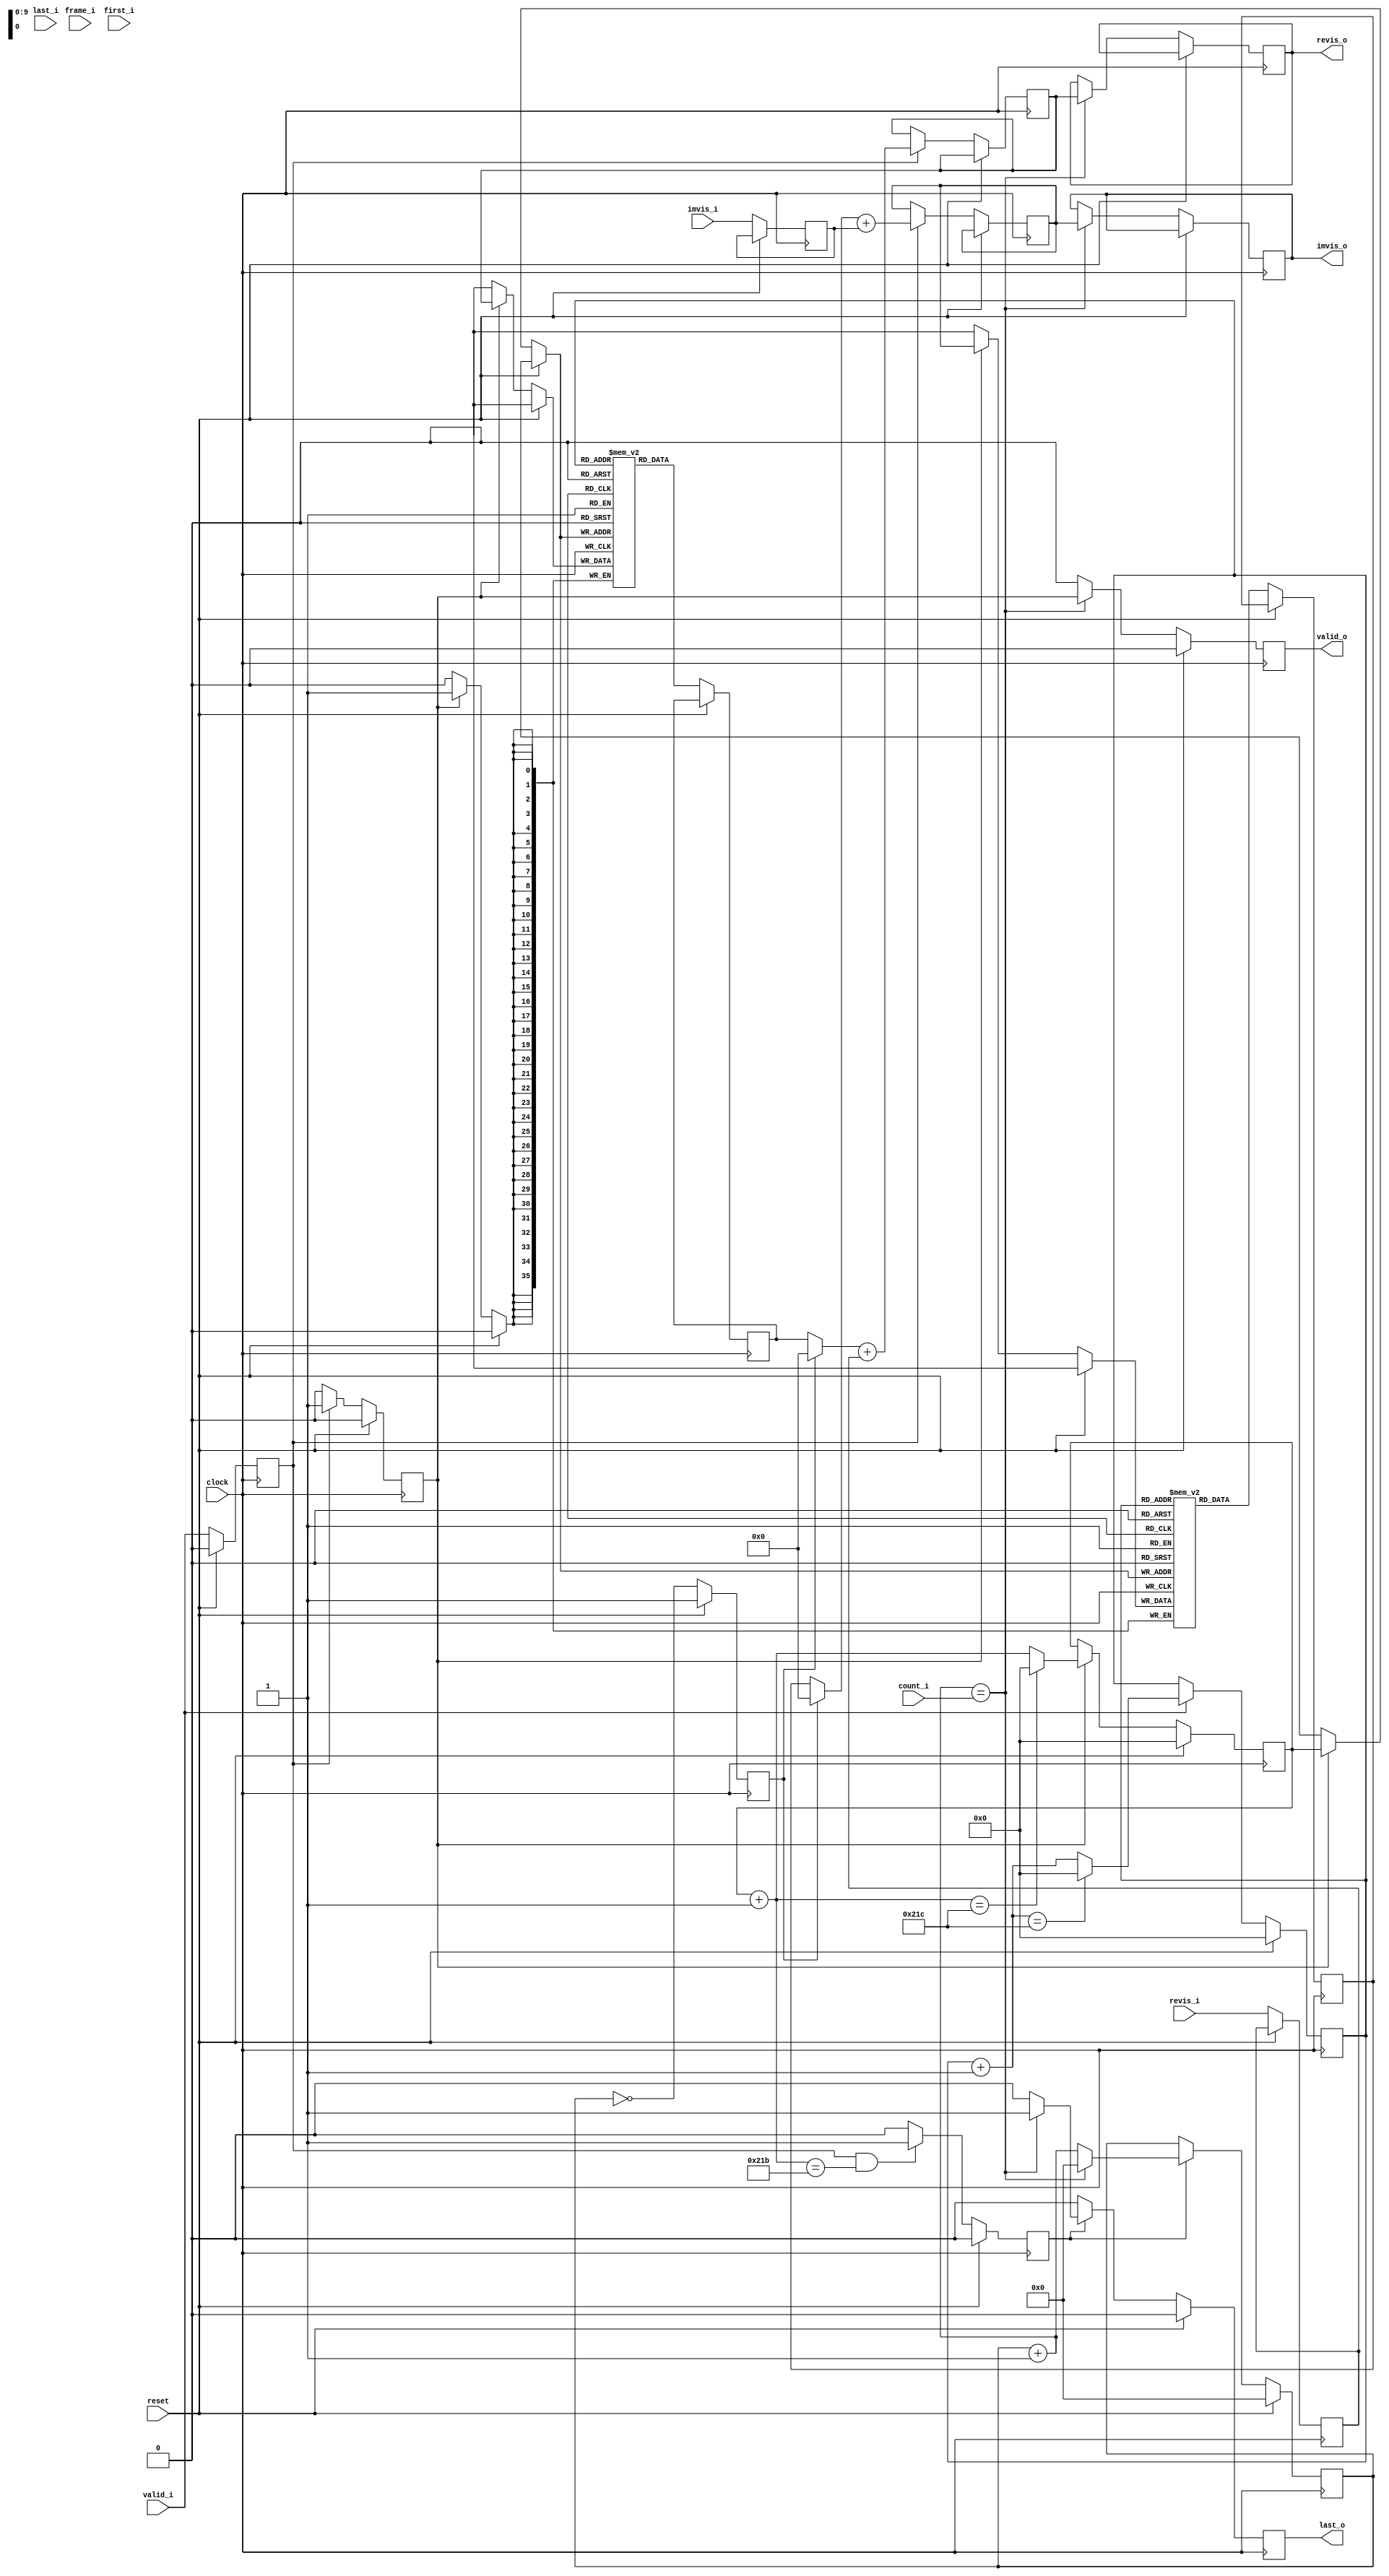
module accumulator #(
    parameter  integer CORES = 18,
    localparam integer NBITS = $clog2(CORES),

    parameter  integer TRATE = 30,
    localparam integer TBITS = $clog2(TRATE), // Input MUX bits

    parameter integer WIDTH = 36,  // Accumulator bit-width
    parameter integer SBITS = 7,   // Partial-sums bit-width

    localparam integer MSB = WIDTH - 1,
    localparam integer SSB = SBITS - 1,

    localparam integer PAIRS = CORES * TRATE,
    localparam integer PBITS = NBITS + TBITS,
    localparam integer PSB   = PBITS - 1,

    localparam integer CBITS = WIDTH - SBITS + 1,
    localparam integer CSB   = CBITS - 1
) (
    input clock,
    input reset,

    input [CSB:0] count_i,
    input frame_i,

    input valid_i,
    input first_i,
    input last_i,
    input [SSB:0] revis_i,
    input [SSB:0] imvis_i,

    output [MSB:0] revis_o,
    output [MSB:0] imvis_o,
    output valid_o,
    output last_o
);

  localparam [MSB:0] VZERO = {WIDTH{1'b0}};
  localparam [PSB:0] CZERO = {CBITS{1'b0}};

  reg [CSB:0] count = CZERO;
  reg czero;


  /**
   *  SRAMs that store the partially-accumulated visibilities.
   */
  reg [MSB:0]    rsram [PAIRS];
  reg [MSB:0]    isram [PAIRS];


  // -- Read cycle -- //

  localparam [PSB:0] PZERO = {PBITS{1'b0}};

  reg  [PSB:0] raddr = PZERO;
  wire [PSB:0] rnext = raddr + 1;

  reg [MSB:0] r_dat, i_dat;
  reg [SSB:0] r_src, i_src;
  reg accum = 1'b0;

  // todo:
  always @(posedge clock) begin
    if (reset) begin
      raddr <= PZERO;
      accum <= 1'b0;
      czero <= 1'b1;
    end else begin

      if (valid_i) begin
        if (rnext == PAIRS) begin
          raddr <= PZERO;
        end else begin
          raddr <= rnext;
        end
      end

      accum <= valid_i;  // Enable for accumulator stage
      czero = count == CZERO;  // Source-select for next stage

      r_src <= revis_i;
      i_src <= imvis_i;

      r_dat <= rsram[raddr];
      i_dat <= isram[raddr];
    end
  end


  /**
   *  Accumulate the partial-sums into full-width visibilities.
   */
  reg [MSB:0] r_acc, i_acc;
  reg write = 1'b0;

  wire [MSB:0] r_vis, i_vis;

  assign r_vis = czero ? VZERO : r_dat;
  assign i_vis = czero ? VZERO : i_dat;

  always @(posedge clock) begin
    if (reset) begin
      write <= 1'b0;
    end else if (accum) begin
      write <= 1'b1;
      r_acc <= r_vis + r_src;
      i_acc <= i_vis + i_src;
    end else begin
      write <= 1'b0;
    end
  end


  /**
   *  Write back the partial-sums into the SRAMs.
   */
  reg  [PSB:0] waddr = PZERO;
  wire [PSB:0] wnext = waddr + 1;
  reg          wlast = 1'b0;

  always @(posedge clock) begin
    if (reset) begin
      waddr <= PZERO;
      wlast <= 1'b0;
    end else begin
      if (write) begin
        if (wnext == PAIRS) begin
          waddr <= PZERO;
        end else begin
          waddr <= wnext;
        end

        rsram[waddr] <= r_acc;
        isram[waddr] <= i_acc;
      end

      if (accum && wnext == PAIRS - 1) begin
        wlast <= 1'b1;
      end else begin
        wlast <= 1'b0;
      end
    end
  end


  /**
   *  "AXI4-Stream"-like output.
   *
   *  Note: does not support bus-idle cycles.
   */
  reg [MSB:0] revis, imvis;
  reg valid = 1'b0;
  reg rlast = 1'b0;

  wire [CSB:0] cnext = count + 1;
  wire cwrap = cnext == count_i;

  assign revis_o = revis;
  assign imvis_o = imvis;
  assign valid_o = valid;
  assign last_o  = rlast;

  always @(posedge clock) begin
    if (reset) begin
      count <= CZERO;
      valid <= 1'b0;
      rlast <= 1'b0;  // todo: logic for this signal
    end else begin

      if (wlast) begin
        if (cwrap) begin
          rlast <= 1'b1;
          count <= CZERO;
        end else begin
          rlast <= 1'b0;
          count <= cnext;
        end
      end else begin
        rlast <= 1'b0;
      end

      if (cwrap) begin  // todo: see 'sigsource' for better logic
        valid <= write;
        revis <= r_acc;
        imvis <= i_acc;
      end else begin
        valid <= 1'b0;
      end

    end
  end


endmodule